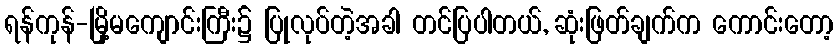
ရန်ကုန်-မြို့မကျောင်းကြီး၌ ပြုလုပ်တဲ့အခါ တင်ပြပါတယ်, ဆုံးဖြတ်ချက်က ကောင်းတော့